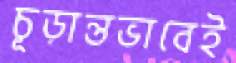
চূড়ান্তভাবেই